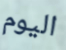
اليوم